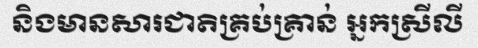
និងមានសារជាតិគ្រប់គ្រាន់ អ្នកស្រីលី